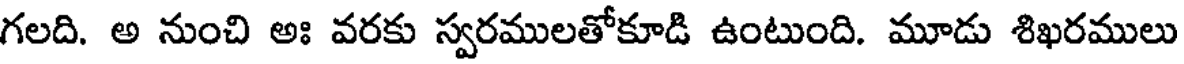
గలది. అ నుంచి అః వరకు స్వరములతోకూడి ఉంటుంది. మూడు శిఖరములు